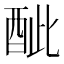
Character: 𨠐